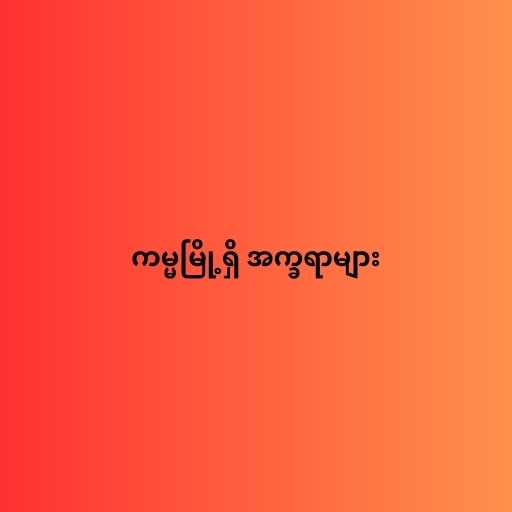
ကမ္မမြို့ရှိ အက္ခရာများ